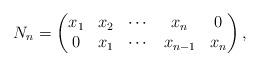
LaTeX: \begin{align*} N_n=\begin{pmatrix} x_1 & x_2 & \cdots & x_n & 0\\ 0 & x_1 & \cdots & x_{n-1} & x_n \end{pmatrix}, \end{align*}